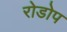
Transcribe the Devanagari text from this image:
रोडोप